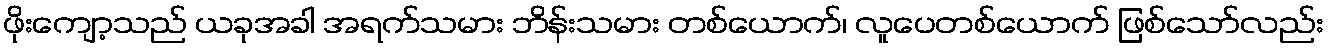
ဖိုးကျော့သည် ယခုအခါ အရက်သမား ဘိန်းသမား တစ်ယောက်၊ လူပေတစ်ယောက် ဖြစ်သော်လည်း